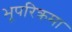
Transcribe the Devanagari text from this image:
भूपरिक्रमा